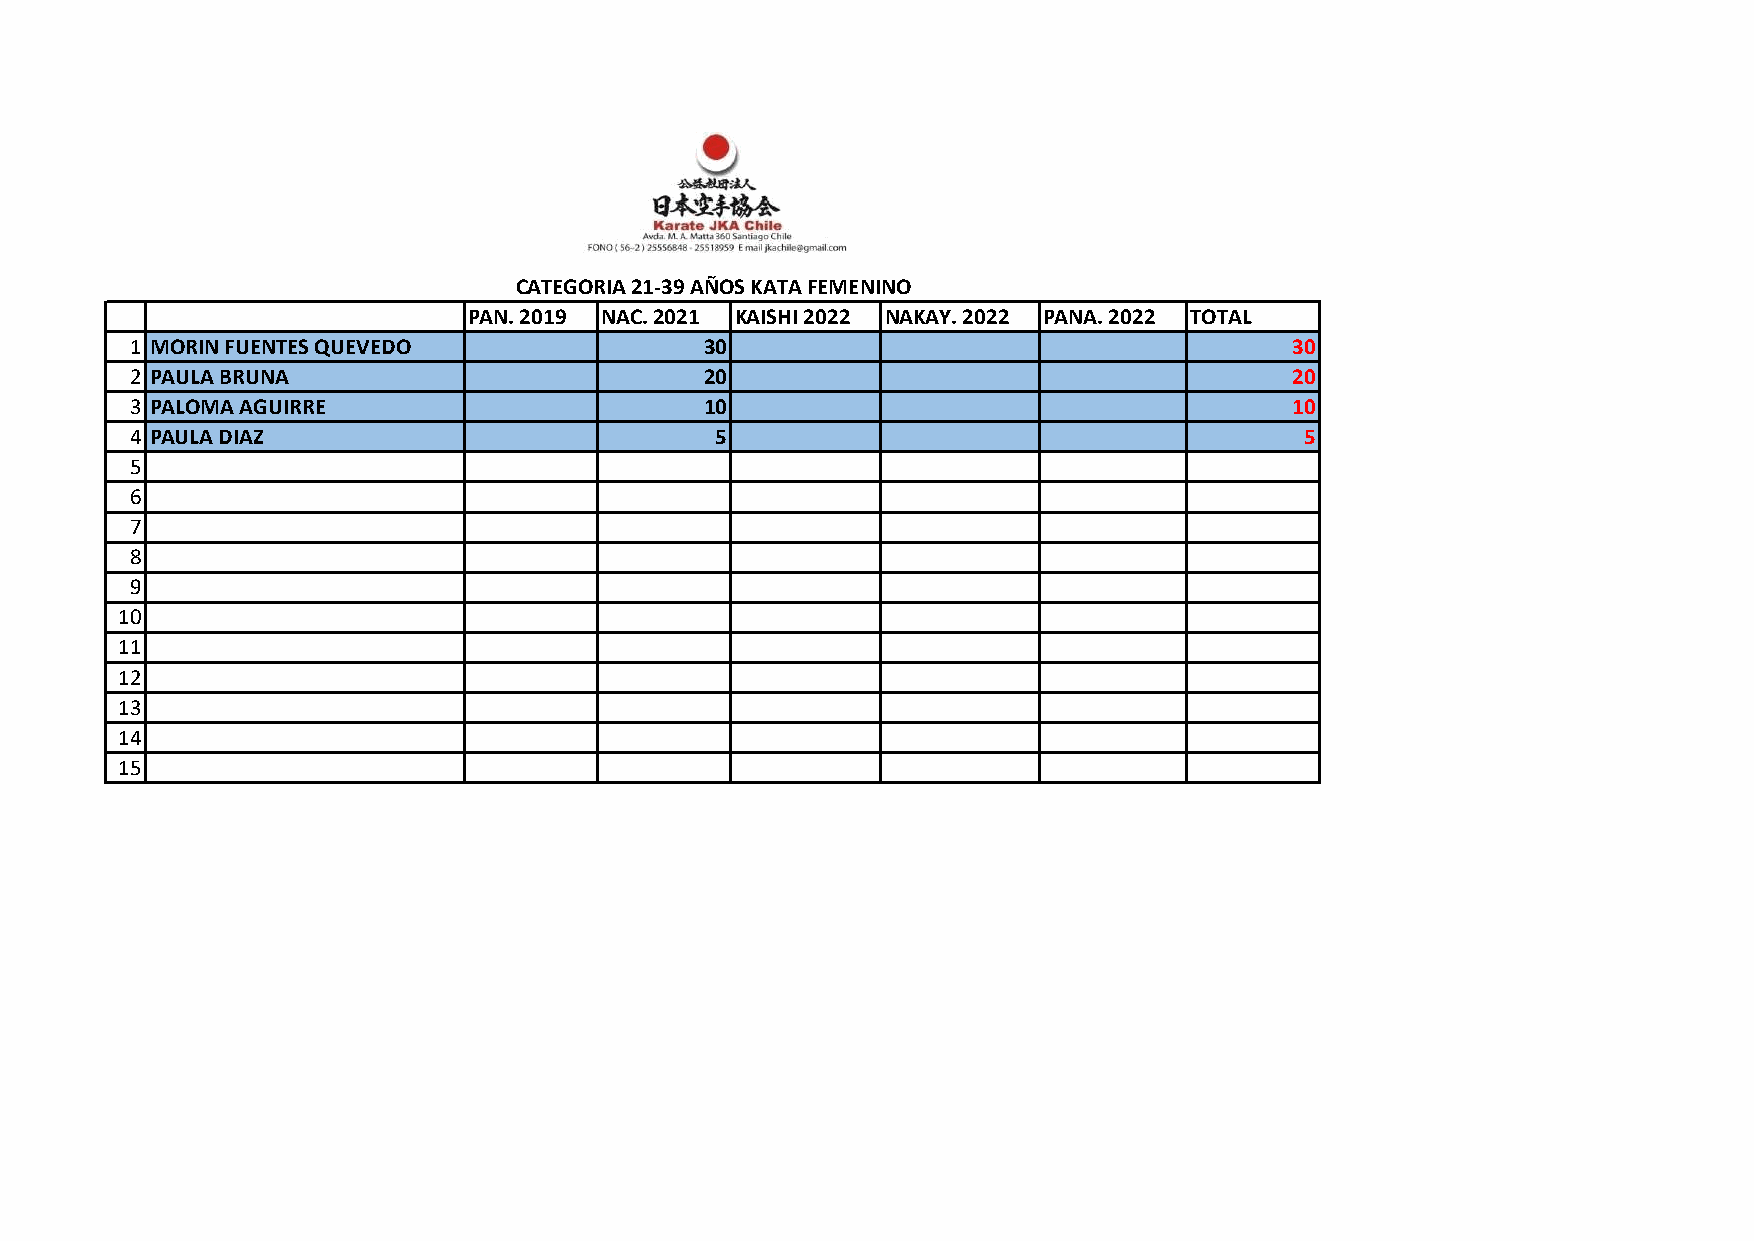
CATEGORIA 21-39 AÑOS KATA FEMENINO
 PAN. 2019 NAC. 2021 KAISHI 2022 NAKAY. 2022 PANA. 2022 TOTAL
 1 MORIN FUENTES QUEVEDO               30                                     30
 2 PAULA BRUNA                         20                                     20
 3 PALOMA AGUIRRE                      10                                     10
 4 PAULA DIAZ                          5                                      5
 5
 6
 7
 8
 9
 10
 11
 12
 13
 14
 15